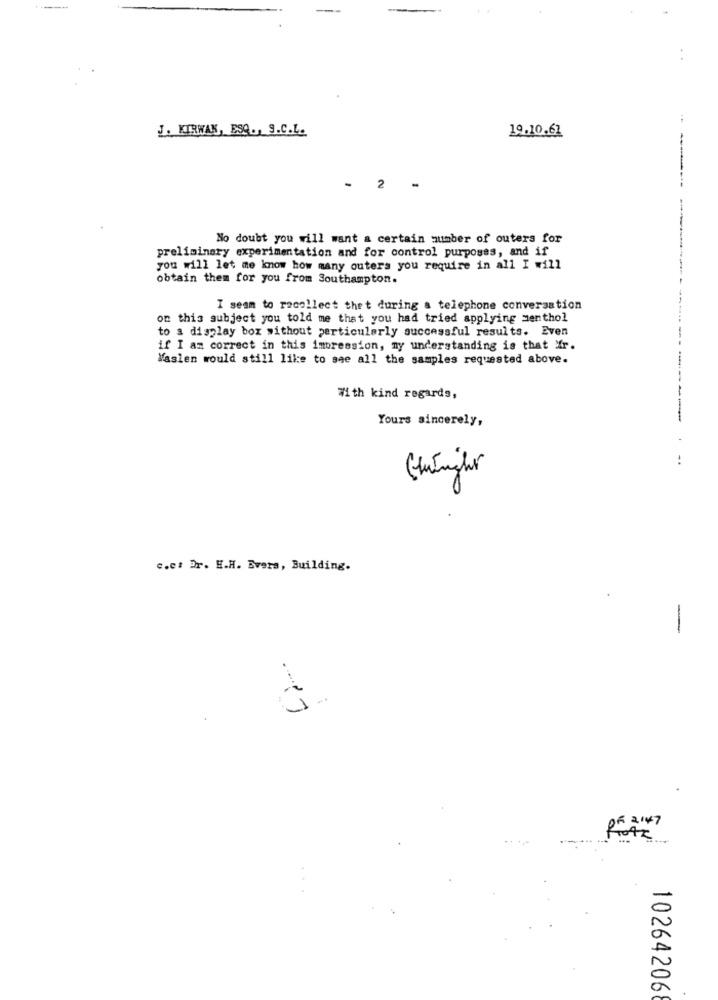
J. KIRWAN, ESQ ., S.C.L.
19.10.62
2
No doubt you will want a certain number of outers for
preliminary experimentation and for control purposes, and if
you will let me know how many outers you require in all I will
obtain them for you from Southampton.
I seam to recollect thet during a telephone conversation
on this subject you told me that you had tried applying menthol
to a display box without particularly successful results. Even
if I am correct in this impression, my understanding is that Xr.
Maslen would still like to see all the samples requested above.
With kind regards,
Yours sincerely,
:
Gluingher
0
c.et Dr. H.H. Evers, Building.
-
OF 2:47
10264206